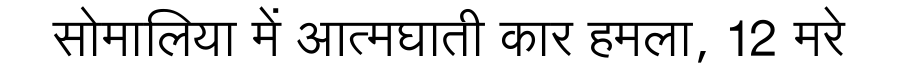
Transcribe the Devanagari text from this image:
सोमालिया में आत्मघाती कार हमला, 12 मरे